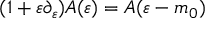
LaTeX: ( 1 + \varepsilon \partial _ { \varepsilon } ) A ( \varepsilon ) = A ( \varepsilon - m _ { 0 } )